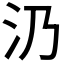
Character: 𣱽